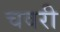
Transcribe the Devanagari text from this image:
चवरी